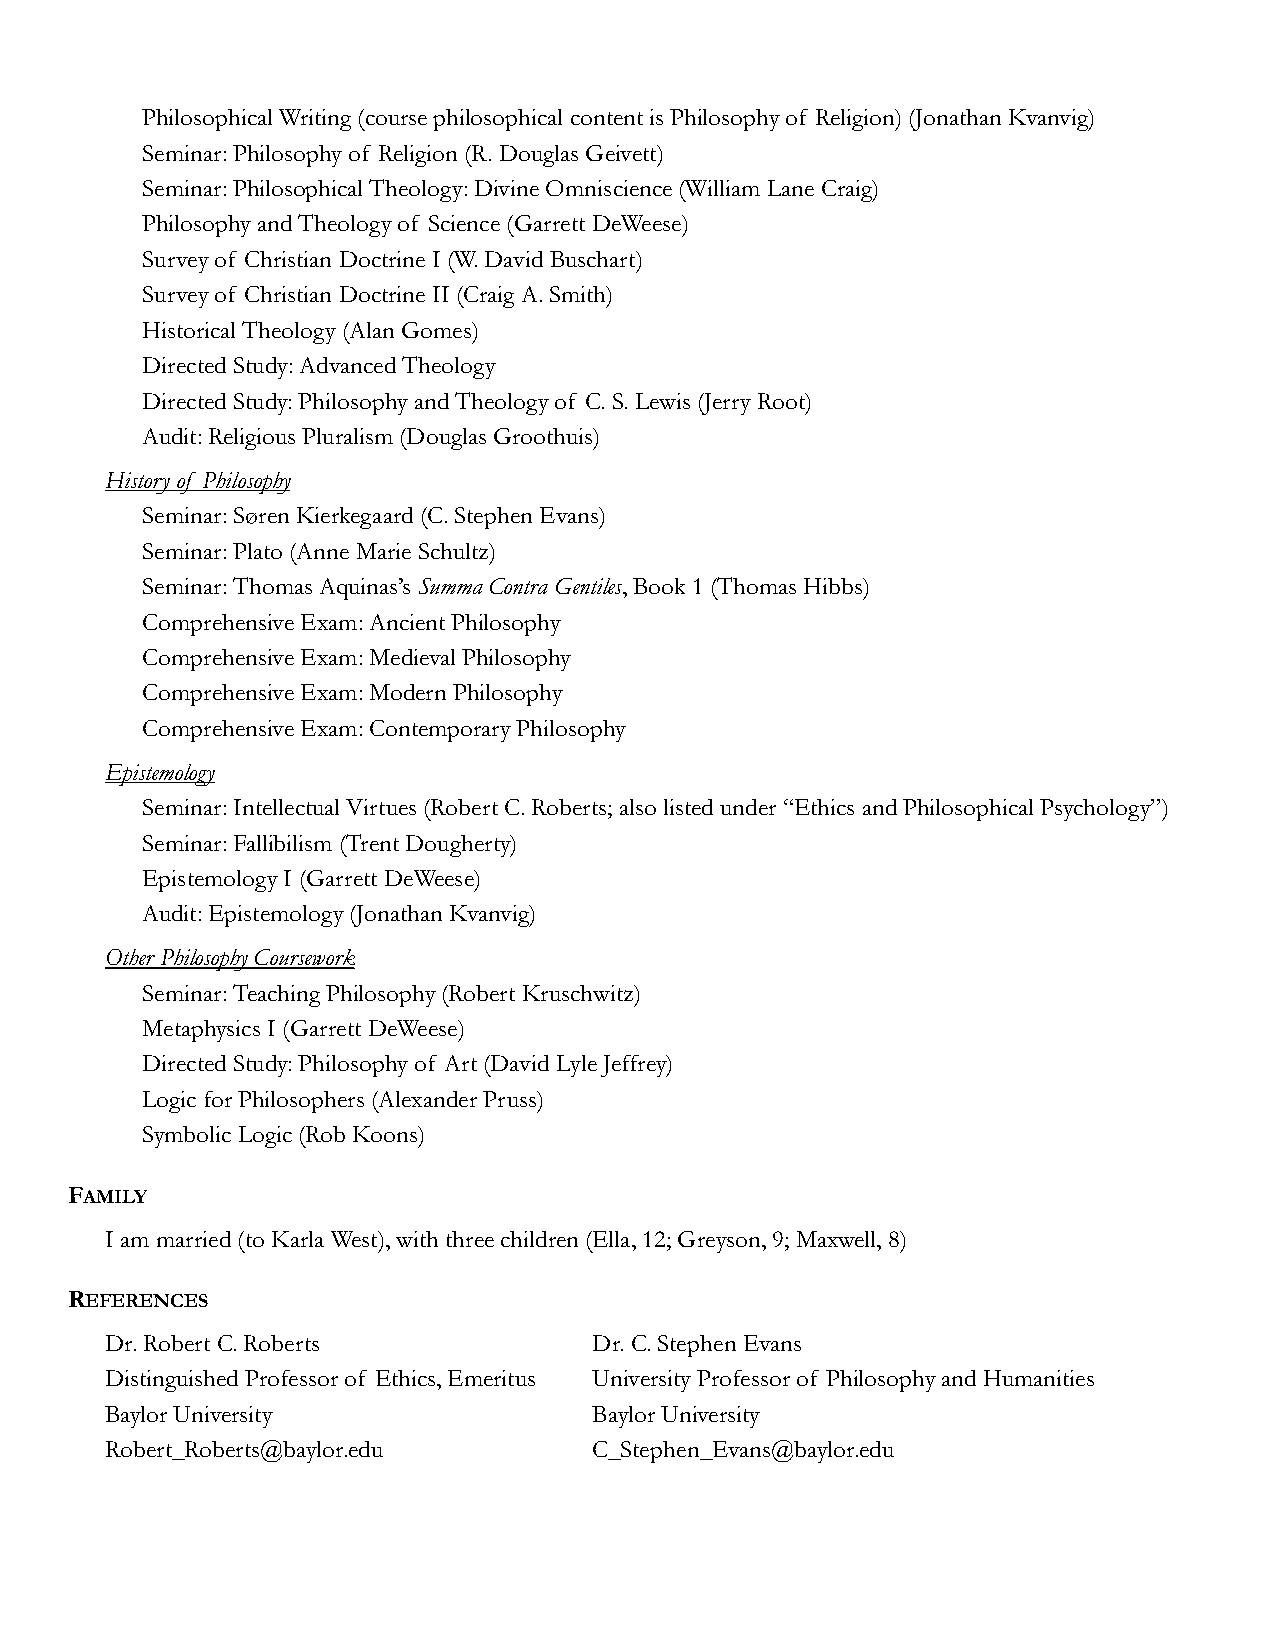
Philosophical Writing (course philosophical content is Philosophy of Religion) (Jonathan Kvanvig)
 Seminar: Philosophy of Religion (R. Douglas Geivett)
 Seminar: Philosophical Theology: Divine Omniscience (William Lane Craig)
 Philosophy and Theology of Science (Garrett DeWeese)
 Survey of Christian Doctrine I (W. David Buschart)
 Survey of Christian Doctrine II (Craig A. Smith)
 Historical Theology (Alan Gomes)
 Directed Study: Advanced Theology
 Directed Study: Philosophy and Theology of C. S. Lewis (Jerry Root)
 Audit: Religious Pluralism (Douglas Groothuis)
 History of Philosophy
 Seminar: Søren Kierkegaard (C. Stephen Evans)
 Seminar: Plato (Anne Marie Schultz)
 Seminar: Thomas Aquinas’s Summa Contra Gentiles, Book 1 (Thomas Hibbs)
 Comprehensive Exam: Ancient Philosophy
 Comprehensive Exam: Medieval Philosophy
 Comprehensive Exam: Modern Philosophy
 Comprehensive Exam: Contemporary Philosophy
 Epistemology
 Seminar: Intellectual Virtues (Robert C. Roberts; also listed under “Ethics and Philosophical Psychology”)
 Seminar: Fallibilism (Trent Dougherty)
 Epistemology I (Garrett DeWeese)
 Audit: Epistemology (Jonathan Kvanvig)
 Other Philosophy Coursework
 Seminar: Teaching Philosophy (Robert Kruschwitz)
 Metaphysics I (Garrett DeWeese)
 Directed Study: Philosophy of Art (David Lyle Jeffrey)
 Logic for Philosophers (Alexander Pruss)
 Symbolic Logic (Rob Koons)
 FAMILY
 I am married (to Karla West), with three children (Ella, 12; Greyson, 9; Maxwell, 8)
 REFERENCES
 Dr. Robert C. Roberts           Dr. C. Stephen Evans
 Distinguished Professor of Ethics, Emeritus University Professor of Philosophy and Humanities
 Baylor University               Baylor University
 Robert_Roberts@baylor.edu       C_Stephen_Evans@baylor.edu